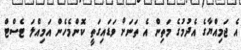
އެ ޖަމިއްޔާގެ އެދުމުގެ މަތިން އެ ތަނަށް ވަޑައިގަތީ ކޮންމެހެން އަމިއްލަ ޓެސްޓް